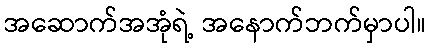
အဆောက်အအုံရဲ့ အနောက်ဘက်မှာပါ။